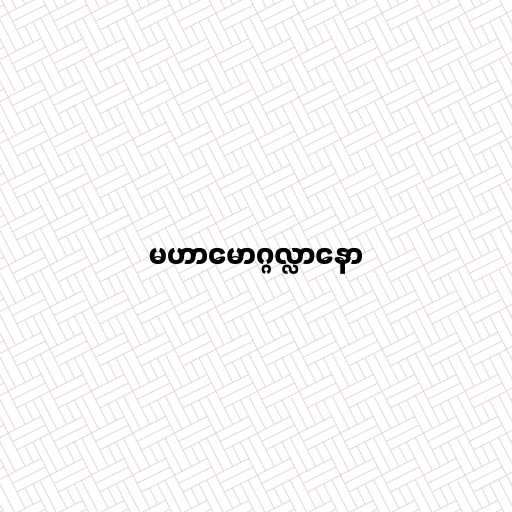
မဟာမောဂ္ဂလ္လာနော